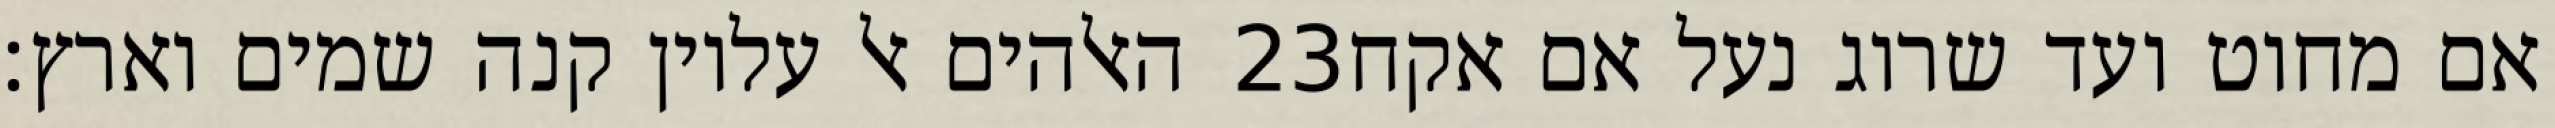
האלהים אל עליון קנה שמים וארץ׃ ‎23‏ אם מחוט ועד שרוג נעל אם אקח